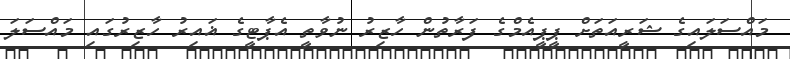
މައްސަލައިގެ ޝަރީއަތަށް ޕީޕީއެމްގެ ފަރާތުން ހާޒިރު ނުވާތީ އެޕާޓީގެ ޣައިރު ހާޒިރުގައި މައްސަލަ